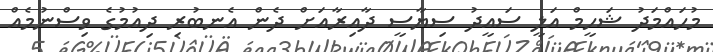
މުހައްމަދު ޝަހީމް އަލީ ސައީދު ސިޔާސީ ދާއިރާއަށް ދެން އެނބުރި ދިއުމުގެ ވިސްނުމެއް